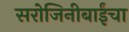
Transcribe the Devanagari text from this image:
सरोजिनीबाईंचा